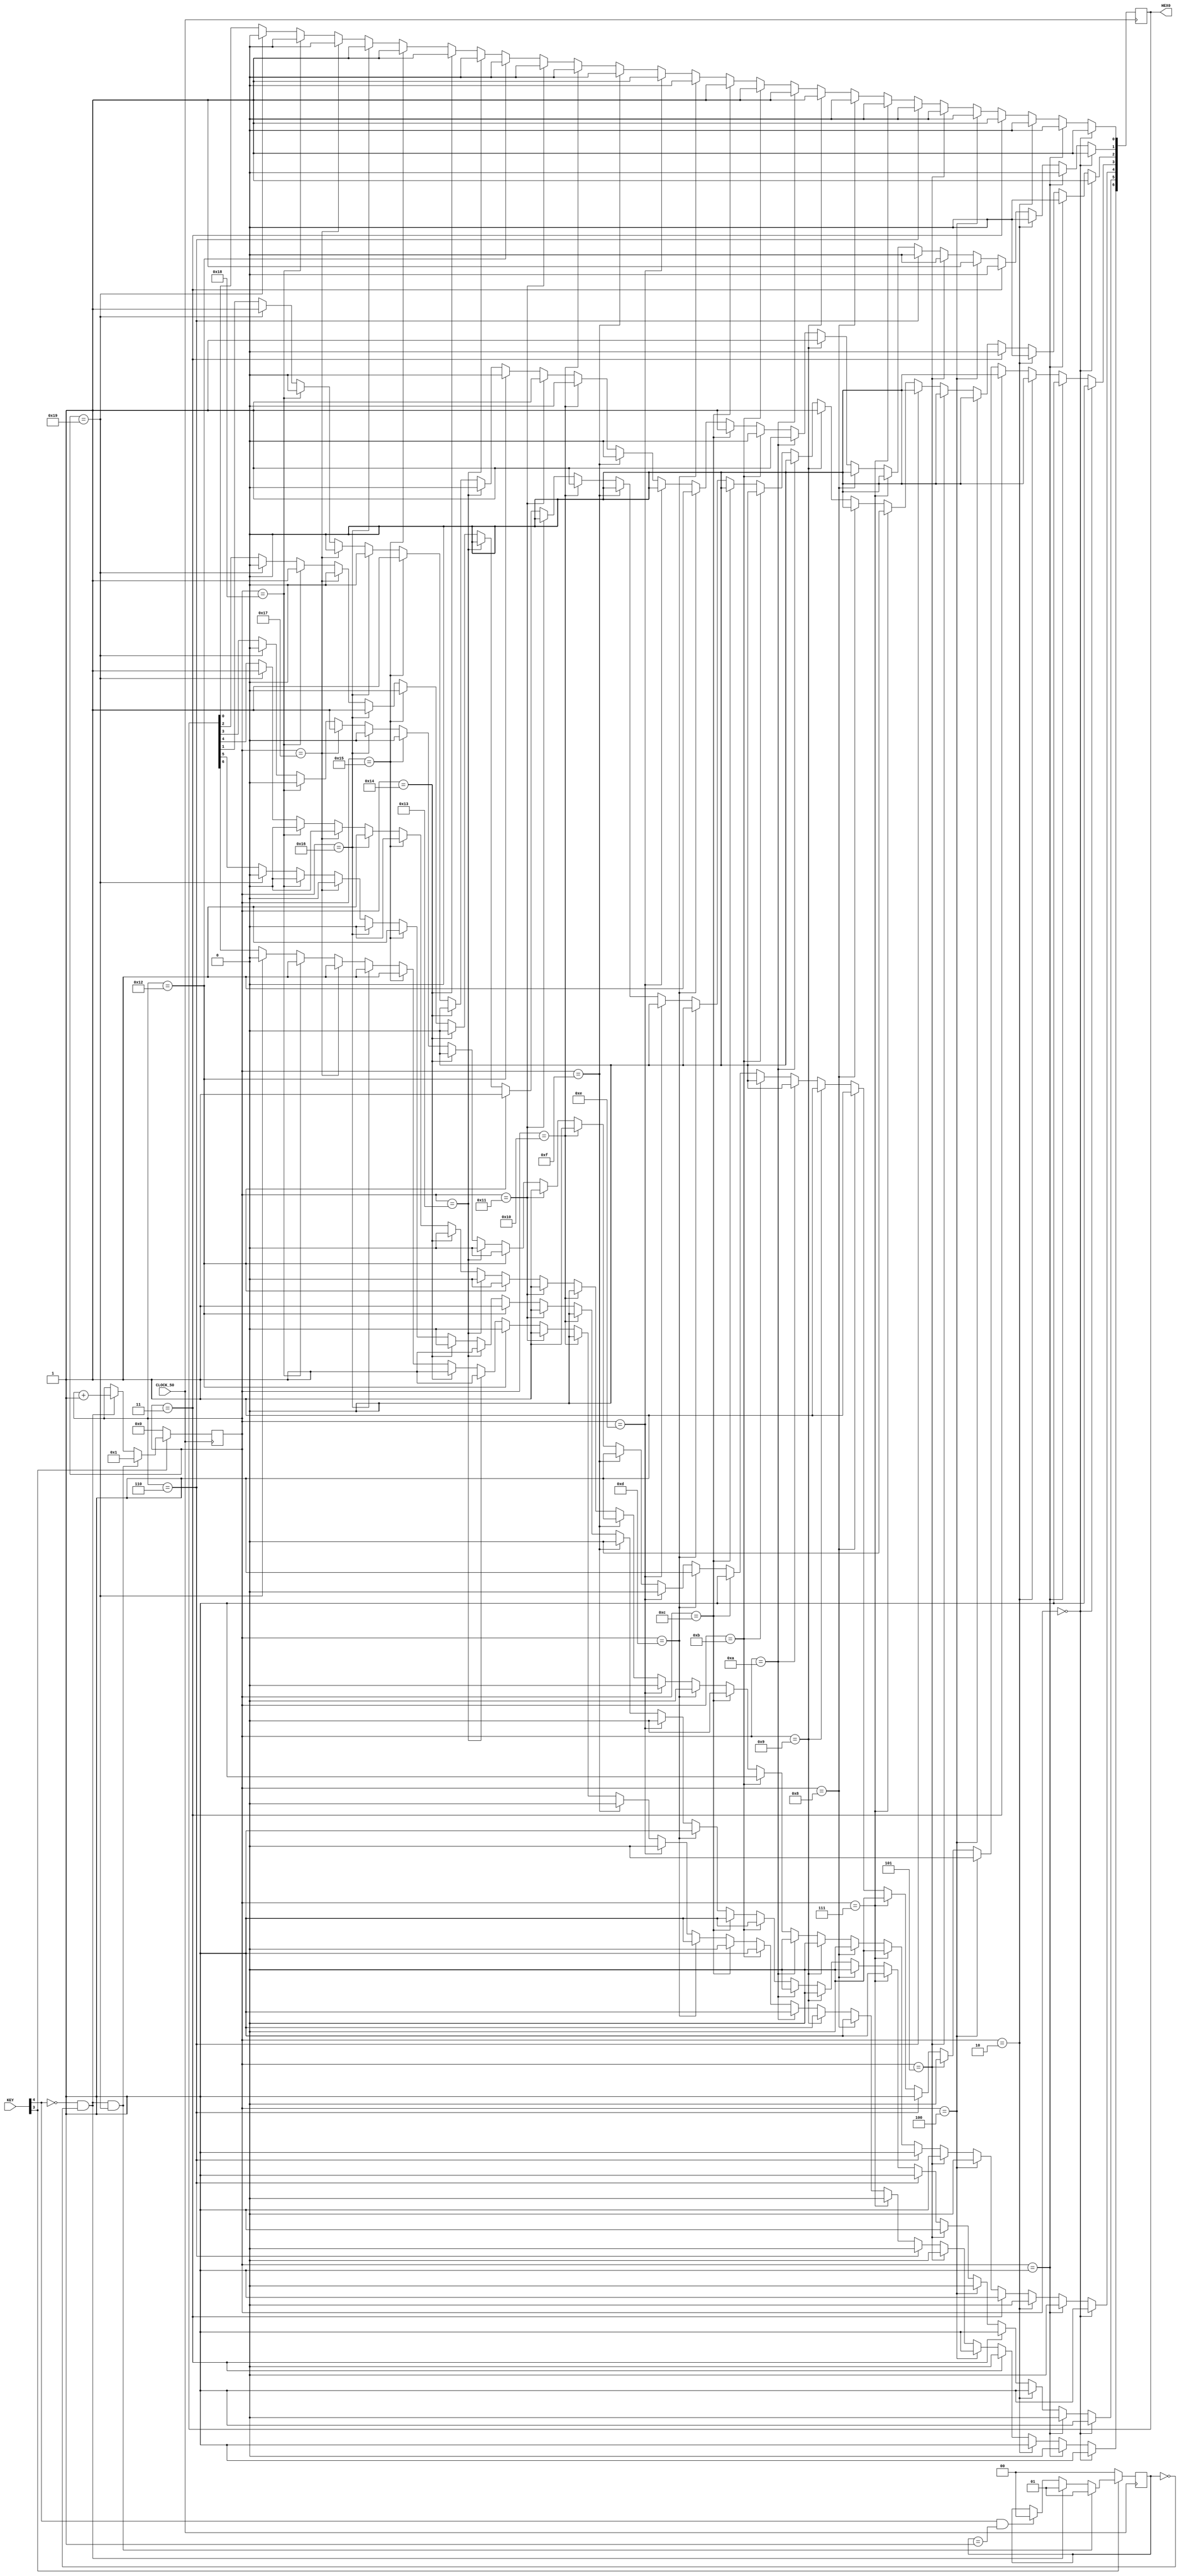
module T0(
    input [0:4] KEY,
    input CLOCK_50,

    output reg [0:6] HEX0
);

reg [0:25] letter;
reg [0:1] click;

always @(posedge CLOCK_50) begin
    // Reset
    if(KEY[1] == 0)
    begin
        click <= 0;
        letter <= 0;
    end
    // Click no btn mas eh ultima letra
    else if(KEY[0] == 0 && click == 0 && letter == 25)
    begin
        letter <= 1;
        click = 1;
    end
    // Click no btn para proxima letra
    else if(KEY[0] == 0 && click == 0)
    begin
        letter <= letter + 1;
        click = 1;
    end
    // Botao soltado
    else if(KEY[0] == 1 && click == 1)
    begin
        click = 0;
    end

    if(letter == 0) begin
        HEX0[0] <= 1;
        HEX0[1] <= 1;
        HEX0[2] <= 1;
        HEX0[3] <= 1;
        HEX0[4] <= 1;
        HEX0[5] <= 1;
        HEX0[6] <= 1;
    end
    //A
    else if(letter == 1)
    begin
        HEX0[0] <= 0;
        HEX0[1] <= 0;
        HEX0[2] <= 0;
        HEX0[3] <= 1;
        HEX0[4] <= 0;
        HEX0[5] <= 0;
        HEX0[6] <= 0;
    end

    //B
    else if(letter == 2)
    begin
        HEX0[0] <= 1;
        HEX0[1] <= 1;
        HEX0[2] <= 0;
        HEX0[3] <= 0;
        HEX0[4] <= 0;
        HEX0[5] <= 0;
        HEX0[6] <= 0;
    end

    //C
    else if(letter == 3)
    begin
        HEX0[0] <= 0;
        HEX0[1] <= 1;
        HEX0[2] <= 1;
        HEX0[3] <= 0;
        HEX0[4] <= 0;
        HEX0[5] <= 0;
        HEX0[6] <= 1;
    end

    //D
    else if(letter == 4)
    begin
        HEX0[0] <= 1;
        HEX0[1] <= 0;
        HEX0[2] <= 0;
        HEX0[3] <= 0;
        HEX0[4] <= 0;
        HEX0[5] <= 1;
        HEX0[6] <= 0;
    end

    //E
    else if(letter == 5)
    begin
        HEX0[0] <= 0;
        HEX0[1] <= 1;
        HEX0[2] <= 1;
        HEX0[3] <= 0;
        HEX0[4] <= 0;
        HEX0[5] <= 0;
        HEX0[6] <= 0;
    end

    //F
    else if(letter == 6)
    begin
        HEX0[0] <= 0;
        HEX0[1] <= 1;
        HEX0[2] <= 1;
        HEX0[3] <= 1;
        HEX0[4] <= 0;
        HEX0[5] <= 0;
        HEX0[6] <= 0;
    end

    //G
    else if(letter == 7)
    begin
        HEX0[0] <= 0;
        HEX0[1] <= 1;
        HEX0[2] <= 0;
        HEX0[3] <= 0;
        HEX0[4] <= 0;
        HEX0[5] <= 0;
        HEX0[6] <= 0;
    end

    //H
    else if(letter == 8)
    begin
        HEX0[0] <= 1;
        HEX0[1] <= 0;
        HEX0[2] <= 0;
        HEX0[3] <= 1;
        HEX0[4] <= 0;
        HEX0[5] <= 0;
        HEX0[6] <= 0;
    end

    //I
    else if(letter == 9)
    begin
        HEX0[0] <= 1;
        HEX0[1] <= 0;
        HEX0[2] <= 0;
        HEX0[3] <= 1;
        HEX0[4] <= 1;
        HEX0[5] <= 1;
        HEX0[6] <= 1;
    end

    //J
    else if(letter == 10)
    begin
        HEX0[0] <= 1;
        HEX0[1] <= 0;
        HEX0[2] <= 0;
        HEX0[3] <= 0;
        HEX0[4] <= 0;
        HEX0[5] <= 1;
        HEX0[6] <= 1;
    end


    //L
    else if(letter == 11)
    begin
        HEX0[0] <= 1;
        HEX0[1] <= 1;
        HEX0[2] <= 1;
        HEX0[3] <= 0;
        HEX0[4] <= 0;
        HEX0[5] <= 0;
        HEX0[6] <= 1;
    end

    //M
    else if(letter == 12)
    begin
        HEX0[0] <= 0;
        HEX0[1] <= 1;
        HEX0[2] <= 0;
        HEX0[3] <= 1;
        HEX0[4] <= 0;
        HEX0[5] <= 1;
        HEX0[6] <= 1;
    end



    //N
    else if(letter == 13)
    begin
        HEX0[0] <= 1;
        HEX0[1] <= 1;
        HEX0[2] <= 0;
        HEX0[3] <= 1;
        HEX0[4] <= 0;
        HEX0[5] <= 1;
        HEX0[6] <= 0;
    end

    //O
    else if(letter == 14)
    begin
        HEX0[0] <= 0;
        HEX0[1] <= 0;
        HEX0[2] <= 0;
        HEX0[3] <= 0;
        HEX0[4] <= 0;
        HEX0[5] <= 0;
        HEX0[6] <= 1;
    end

    //P
    else if(letter == 15)
    begin
        HEX0[0] <= 0;
        HEX0[1] <= 0;
        HEX0[2] <= 1;
        HEX0[3] <= 1;
        HEX0[4] <= 0;
        HEX0[5] <= 0;
        HEX0[6] <= 0;
    end

    //Q
    else if(letter == 16)
    begin
        HEX0[0] <= 0;
        HEX0[1] <= 0;
        HEX0[2] <= 0;
        HEX0[3] <= 1;
        HEX0[4] <= 1;
        HEX0[5] <= 0;
        HEX0[6] <= 0;
    end

    //R
    else if(letter == 17)
    begin
        HEX0[0] <= 1;
        HEX0[1] <= 1;
        HEX0[2] <= 1;
        HEX0[3] <= 1;
        HEX0[4] <= 0;
        HEX0[5] <= 1;
        HEX0[6] <= 0;
    end

    //S
    else if(letter == 18)
    begin
        HEX0[0] <= 0;
        HEX0[1] <= 1;
        HEX0[2] <= 0;
        HEX0[3] <= 0;
        HEX0[4] <= 1;
        HEX0[5] <= 0;
        HEX0[6] <= 0;
    end

    //T
    else if(letter == 19)
    begin
        HEX0[0] <= 1;
        HEX0[1] <= 1;
        HEX0[2] <= 0;
        HEX0[3] <= 0;
        HEX0[4] <= 0;
        HEX0[5] <= 0;
        HEX0[6] <= 0;
    end

    //U
    else if(letter == 20)
    begin
        HEX0[0] <= 1;
        HEX0[1] <= 0;
        HEX0[2] <= 0;
        HEX0[3] <= 0;
        HEX0[4] <= 0;
        HEX0[5] <= 0;
        HEX0[6] <= 1;
    end

    //V
    else if(letter == 21)
    begin
        HEX0[0] <= 1;
        HEX0[1] <= 1;
        HEX0[2] <= 0;
        HEX0[3] <= 0;
        HEX0[4] <= 0;
        HEX0[5] <= 1;
        HEX0[6] <= 1;
    end

    //W
    else if(letter == 22)
    begin
        HEX0[0] <= 1;
        HEX0[1] <= 0;
        HEX0[2] <= 1;
        HEX0[3] <= 0;
        HEX0[4] <= 1;
        HEX0[5] <= 0;
        HEX0[6] <= 1;
    end

    //X
    else if(letter == 23)
    begin
        HEX0[0] <= 1;
        HEX0[1] <= 0;
        HEX0[2] <= 0;
        HEX0[3] <= 1;
        HEX0[4] <= 0;
        HEX0[5] <= 0;
        HEX0[6] <= 0;
    end

    //Y
    else if(letter == 24)
    begin
        HEX0[0] <= 1;
        HEX0[1] <= 0;
        HEX0[2] <= 0;
        HEX0[3] <= 0;
        HEX0[4] <= 1;
        HEX0[5] <= 0;
        HEX0[6] <= 0;
    end

    //Z
    else if(letter == 25)
    begin
        HEX0[0] <= 0;
        HEX0[1] <= 0;
        HEX0[2] <= 1;
        HEX0[3] <= 0;
        HEX0[4] <= 0;
        HEX0[5] <= 1;
        HEX0[6] <= 0;
    end
end


endmodule